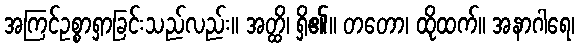
အကြင်ဥစ္စာရှာခြင်းသည်လည်း။ အတ္ထိ၊ ရှိ၏။ တတော၊ ထိုထက်။ အနာဂါရေ၊